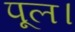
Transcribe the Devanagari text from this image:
पूल।